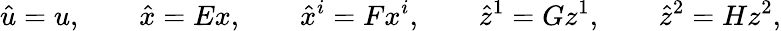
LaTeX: \hat{u}=u,\qquad\hat{x}=Ex,\qquad\hat{x}^{i}=Fx^{i},\qquad\hat{z}^{1}=Gz^{1},\qquad\hat{z}^{2}=Hz^{2},